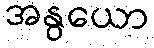
အနွယော